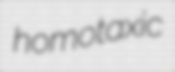
homotaxic